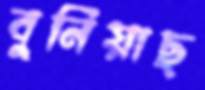
বুনিয়াছ